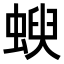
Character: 𧍳